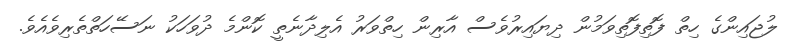
ލުޖައިންގެ ހިތް ފޮތިފޮތިވަމުން ދިޔައިރުވެސް އާރިން ހިތްވަރު އެލިދާނެތީ ކޮންމެ ދުވަހަކު ނަސޭހަތްތެރިވެއެވެ.